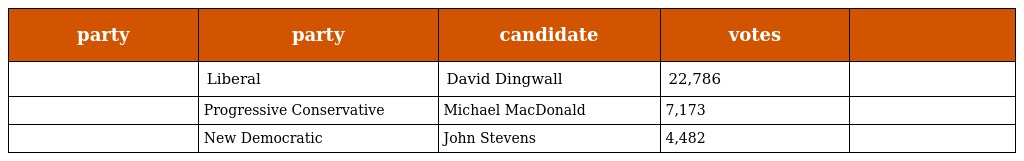
| party | party | candidate | votes |  |
 | --- | --- | --- | --- | --- |
 |  | Liberal | David Dingwall | 22,786 |  |
 |  | Progressive Conservative | Michael MacDonald | 7,173 |  |
 |  | New Democratic | John Stevens | 4,482 |  |